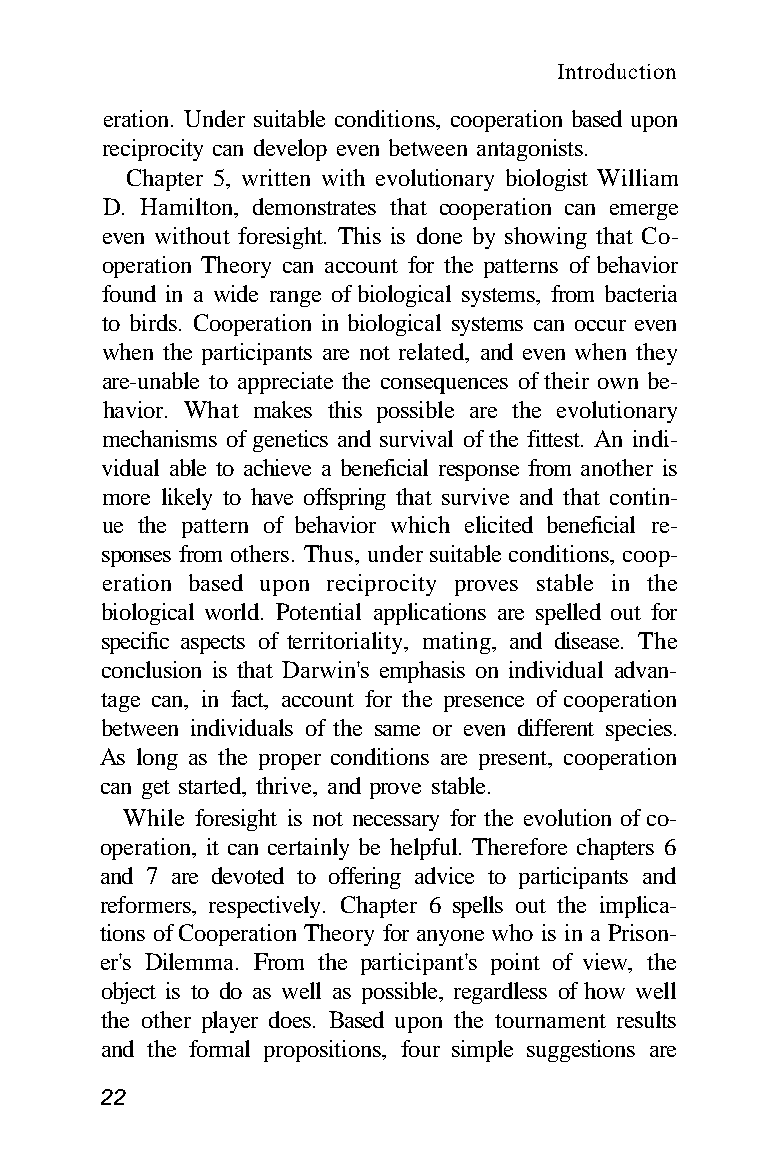
Introduction
 eration. Under suitable conditions, cooperation based upon
 reciprocity can develop even between antagonists.
 Chapter 5, written with evolutionary biologist William
 D. Hamilton, demonstrates that cooperation can emerge
 even without foresight. This is done by showing that Co-
 operation Theory can account for the patterns of behavior
 found in a wide range of biological systems, from bacteria
 to birds. Cooperation in biological systems can occur even
 when the participants are not related, and even when they
 are-unable to appreciate the consequences of their own be-
 havior. What makes this possible are the evolutionary
 mechanisms of genetics and survival of the fittest. An indi-
 vidual able to achieve a beneficial response from another is
 more likely to have offspring that survive and that contin-
 ue the pattern of behavior which elicited beneficial re-
 sponses from others. Thus, under suitable conditions, coop-
 eration based upon reciprocity proves stable in the
 biological world. Potential applications are spelled out for
 specific aspects of territoriality, mating, and disease. The
 conclusion is that Darwin's emphasis on individual advan-
 tage can, in fact, account for the presence of cooperation
 between individuals of the same or even different species.
 As long as the proper conditions are present, cooperation
 can get started, thrive, and prove stable.
 While foresight is not necessary for the evolution of co-
 operation, it can certainly be helpful. Therefore chapters 6
 and 7 are devoted to offering advice to participants and
 reformers, respectively. Chapter 6 spells out the implica-
 tions of Cooperation Theory for anyone who is in a Prison-
 er's Dilemma. From the participant's point of view, the
 object is to do as well as possible, regardless of how well
 the other player does. Based upon the tournament results
 and the formal propositions, four simple suggestions are
 22